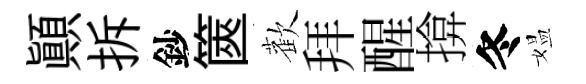
顚拆鈔篋歡拜醒揜冬媪